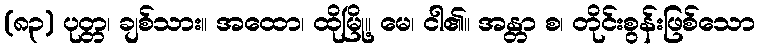
(၈၃) ပုတ္တ၊ ချစ်သား။ အထော၊ ထိုမြို့။ မေ၊ ငါ၏။ အန္တာ စ၊ တိုင်းစွန်းဖြစ်သော